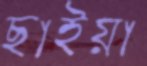
ছাইয়া